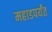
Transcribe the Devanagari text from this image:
महाडपर्यंत